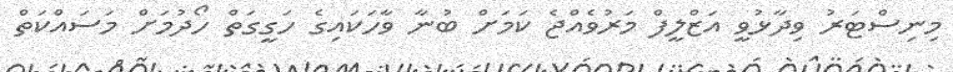
މިނިސްޓަރު ވިދާޅުވީ އަޒްލީފް މަރުވެއްޖެ ކަމަށް ބުނާ ވާހަކައިގެ ހަގީގަތް ހޯދުމަށް މަސައްކަތް